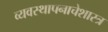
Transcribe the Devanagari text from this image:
व्यवस्थापनाचेशास्त्र